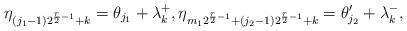
LaTeX: \begin{align*} \eta_{(j_1-1)2^{{r\over 2}-1}+k}= \theta_{j_1} + \lambda_k^+, \eta_{m_12^{{r\over 2}-1}+(j_2-1)2^{{r\over 2}-1}+k}= \theta_{j_2}' + \lambda_k^- , \end{align*}